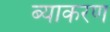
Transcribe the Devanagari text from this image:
ब्याकरण